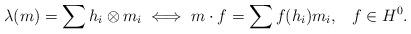
LaTeX: \begin{align*}\lambda(m) = \sum h_i \otimes m_i \iff m \cdot f = \sum f(h_i) m_i,\ \,\ f\in H^0.\end{align*}